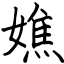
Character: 嫶